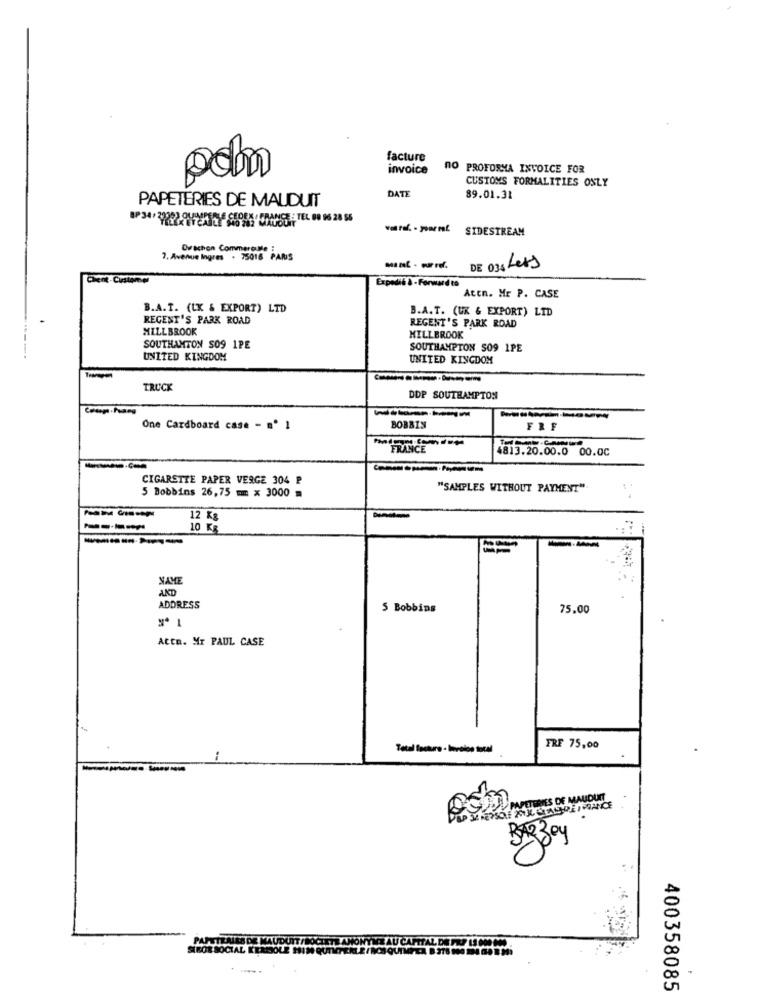
facture
invoice
DO PROFORMA INVOICE FOR
pohn
CUSTOMS FORMALITIES ONLY
PAPETERIES DE MAUDUIT
DATE
89.01.31
SIDESTREAM
Ovachon Commerciale :
7. Avenue Ingres . 75018 PARIS
DE 035 Lets
Expedit à -Forward to
Aten. Mr P. CASE
B.A.T. (LK & EXPORT) LTD
B.A.T. (UK & EXPORT) LID
REGENT'S PARK ROAD
REGENT'S PARK ROAD
MILLBROOK
MILLBROOK
SOUTHAMTON SO9 1PE
SOUTHAMPTON 509 1PE
UNITED KINGDOM
UNITED KINGDOM
-------
TRUCK
DDP SOUTHAMPTON
-----
One Cardboard case - m' 1
BOBBIN
FRF
4813.20.00.0 00.00
CIGARETTE PAPER VERGE 304 P
5 Bobbins 26,75 mm x 3000 =
"SAMPLES WITHOUT PAYMENT".
12 Kg
10 Kg
-----
---
NAME
AND
ADDRESS
5 Bobbins
75.00
Attn. Mr PAUL CASE
Total facture - Involon total
FRE 75,00
---
PAPETERIES DE MAUDUNT
RAZZOy
PAPSTEALES DE MAUDUIT/BOCTETE ANONYYE AU CAPITAL DE PAP 13 CM NO .
SIROR SOCIAL KERESOLE HIN QUTITERLE /BOSQUINTA B 378 900 MA GO E M:
400358085